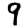
Digit: 9